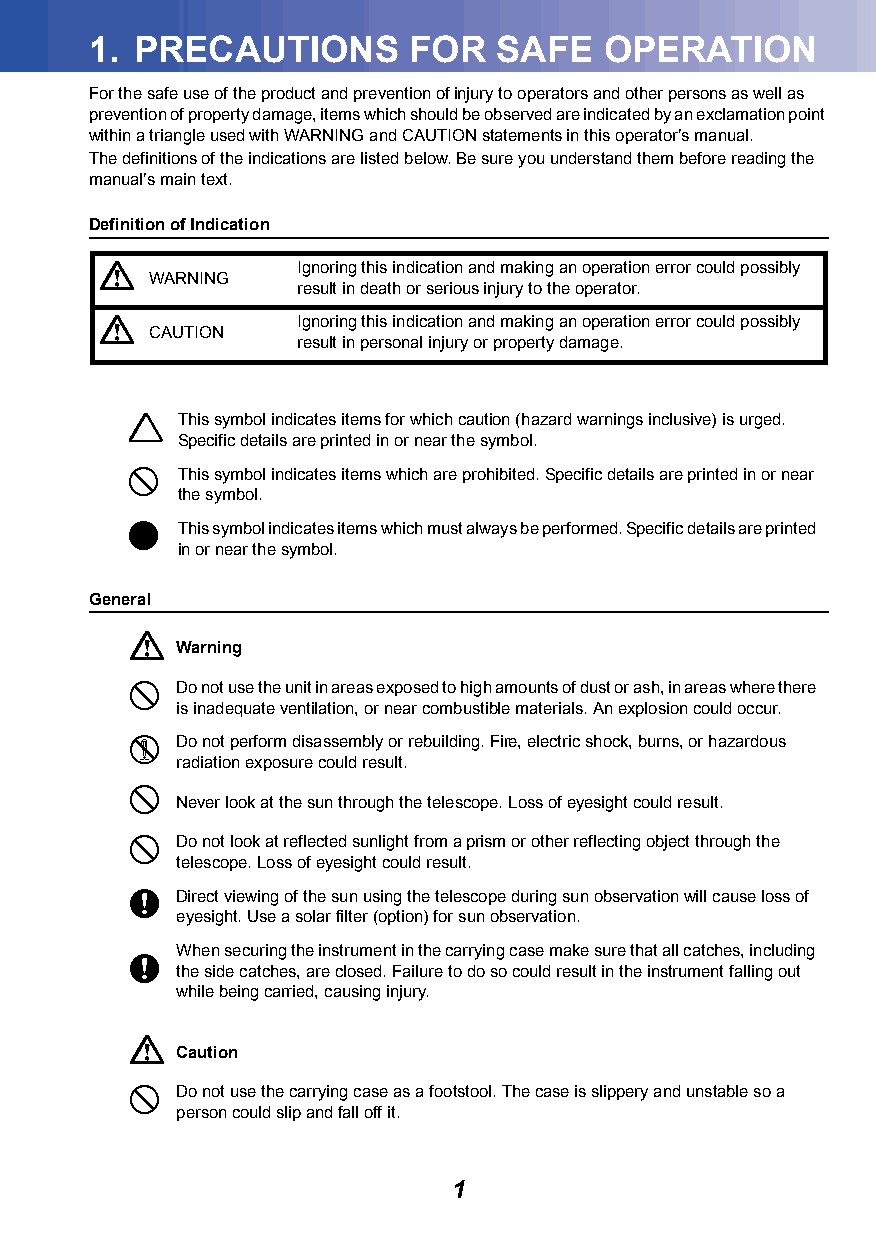
1. PRECAUTIONS       FOR   SAFE   OPERATION
 For the safe use of the product and prevention of injury to operators and other persons as well as
 prevention of property damage, items which should be observed are indicated by an exclamation point
 within a triangle used with WARNING and CAUTION statements in this operator’s manual.
 The definitions of the indications are listed below. Be sure you understand them before reading the
 manual’s main text.
 Definition of Indication
             Ignoring this indication and making an operation error could possibly
 WARNING
 result in death or serious injury to the operator.
             Ignoring this indication and making an operation error could possibly
 CAUTION
 result in personal injury or property damage.
   This symbol indicates items for which caution (hazard warnings inclusive) is urged.
 Specific details are printed in or near the symbol.
   This symbol indicates items which are prohibited. Specific details are printed in or near
 the symbol.
   This symbol indicates items which must always be performed. Specific details are printed
 in or near the symbol.
 General
 
 Warning
   Do not use the unit in areas exposed to high amounts of dust or ash, in areas where there
 is inadequate ventilation, or near combustible materials. An explosion could occur.
   Do not perform disassembly or rebuilding. Fire, electric shock, burns, or hazardous
 radiation exposure could result.
 
 Never look at the sun through the telescope. Loss of eyesight could result.
   Do not look at reflected sunlight from a prism or other reflecting object through the
 telescope. Loss of eyesight could result.
   Direct viewing of the sun using the telescope during sun observation will cause loss of
 eyesight. Use a solar filter (option) for sun observation.
 When securing the instrument in the carrying case make sure that all catches, including
 
 the side catches, are closed. Failure to do so could result in the instrument falling out
 while being carried, causing injury.
 
 Caution
   Do not use the carrying case as a footstool. The case is slippery and unstable so a
 person could slip and fall off it.
 1